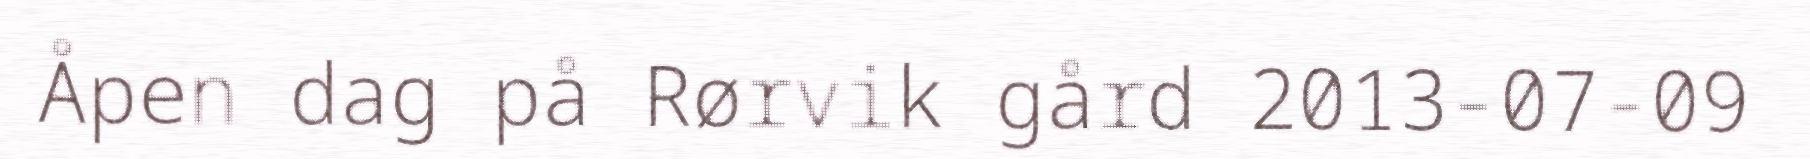
Åpen dag på Rørvik gård 2013-07-09